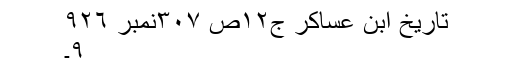
تاریخ ابن عساکر ج١٢ص ٣٠٧نمبر ٩٢٦
٩۔